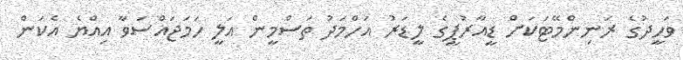
ވަހީދުގެ ރަނިންމޭޓަކަށް ޑީއާރުޕީގެ ލީޑަރު އަހްމަދު ތަސްމީން އަލީ ހަމަޖައްސަވާ އިއްޔެ އެކަން